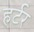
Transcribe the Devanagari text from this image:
हर्टर